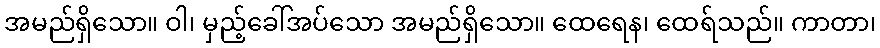
အမည်ရှိသော။ ဝါ၊ မှည့်ခေါ်အပ်သော အမည်ရှိသော။ ထေရေန၊ ထေရ်သည်။ ကာတာ၊